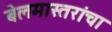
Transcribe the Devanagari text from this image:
बेलमास्तरांचा